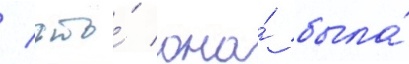
/ что́ она́ была́